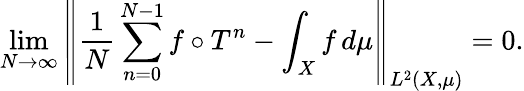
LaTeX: \operatorname*{lim}_{N\to\infty}\left\| {\frac{1}{N}}\sum_{n=0}^{N-1}f\circ T^{n}-\int_{X}f\, d\mu\right\| _{L^{2}(X,\mu)}=0.